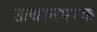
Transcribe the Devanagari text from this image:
उत्थानपरक